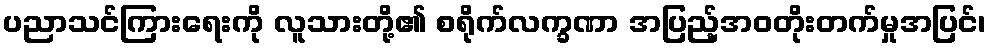
ပညာသင်ကြားရေးကို လူသားတို့၏ စရိုက်လက္ခဏာ အပြည့်အဝတိုးတက်မှုအပြင်၊